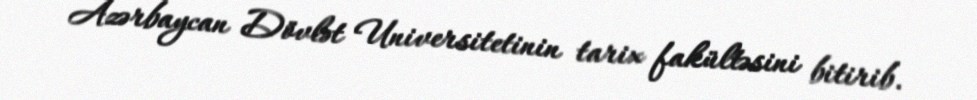
Azərbaycan Dövlət Universitetinin tarix fakültəsini bitirib.